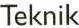
Teknik